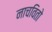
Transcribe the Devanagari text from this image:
नाचवितो